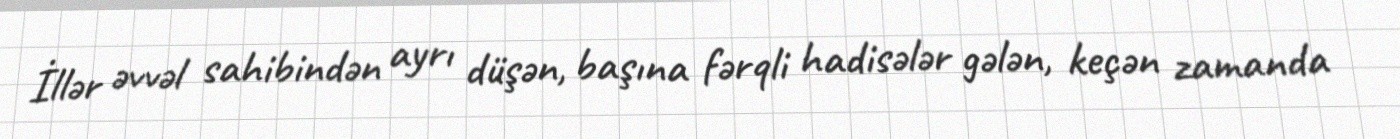
İllər əvvəl sahibindən ayrı düşən, başına fərqli hadisələr gələn, keçən zamanda